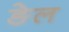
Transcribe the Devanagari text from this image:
ङेल